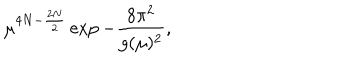
LaTeX: \mu ^ { 4 N - \frac { 2 N } { 2 } } \exp - \frac { 8 \pi ^ { 2 } } { g ( \mu ) ^ { 2 } } ,